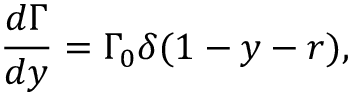
\frac { d \Gamma } { d y } = \Gamma _ { 0 } \delta ( 1 - y - r ) ,